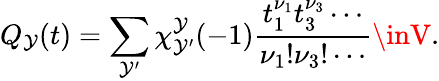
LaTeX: Q_{\mathcal{Y}}(t)=\sum_{\mathcal{Y}^{\prime}}\chi_{\mathcal{Y}^{\prime}}^{\mathcal{Y}}(-1)\frac{{t_{1}^{\nu_{1}}t_{3}^{\nu_{3}}\cdots}}{{\nu_{1}!\nu_{3}!\cdots}}\inV.